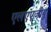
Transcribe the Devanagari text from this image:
एलएएजीयू